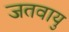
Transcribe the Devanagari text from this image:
जतवायु